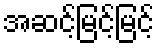
အဆင့်မြင့်မြင့်